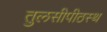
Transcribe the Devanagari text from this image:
तुलसीपीठस्थ